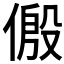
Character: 𪝛